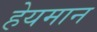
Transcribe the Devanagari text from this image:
हेयमान